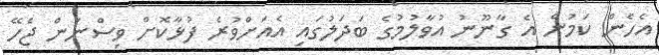
އެހެން ކަމުން އެ ގާނޫނު އުވާލުމުގެ ބަދަލުގައި އެއަށްވުރެ ފުޅާކޮށް ވިސްނަން ޖެހޭ